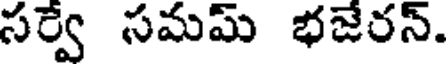
సర్వే సమమ్ భజేరన్.